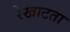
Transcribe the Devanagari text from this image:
रेखाटता